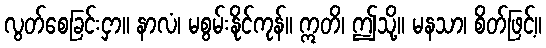
လွတ်စေခြင်းငှာ။ နာလံ၊ မစွမ်းနိုင်ကုန်။ ဣတိ၊ ဤသို့။ မနသာ၊ စိတ်ဖြင့်။